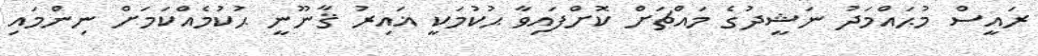
ރައީސް މުޙައްމަދު ނަޝީދުގެ މައްޗަށް ކޮށްފައިވާ ޙުކުމަކީ ޣައިރު ޤާނޫނީ ޙުކުމެއްކަމަށް ނިންމައި